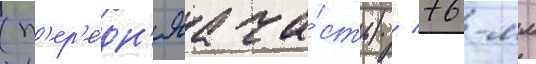
(п'ер'е́дн'яа ча́сть) / 76-мм